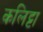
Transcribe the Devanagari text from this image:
कलिट्टा